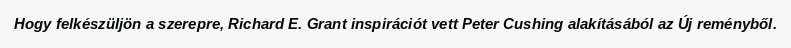
Hogy felkészüljön a szerepre, Richard E. Grant inspirációt vett Peter Cushing alakításából az Új reményből.